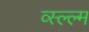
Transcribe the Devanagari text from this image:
व्स्ल्ल्म